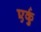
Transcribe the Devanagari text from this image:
एर्कु